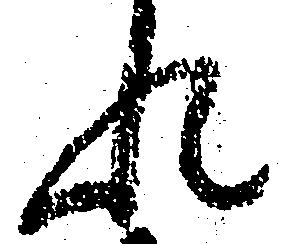
れ